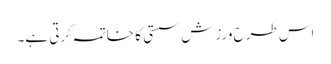
اس طرح ورزش سستی کا خاتمہ کرتی ہے۔